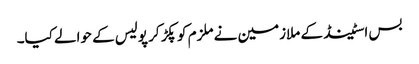
بس اسٹینڈ کے ملازمین نے ملزم کو پکڑ کر پولیس کے حوالے کیا۔